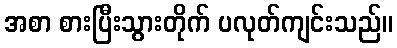
အစာ စားပြီးသွားတိုက် ပလုတ်ကျင်းသည်။